Punjab Mental Hospital Lahore 1922-31 - 1922-1931
Year: 1922
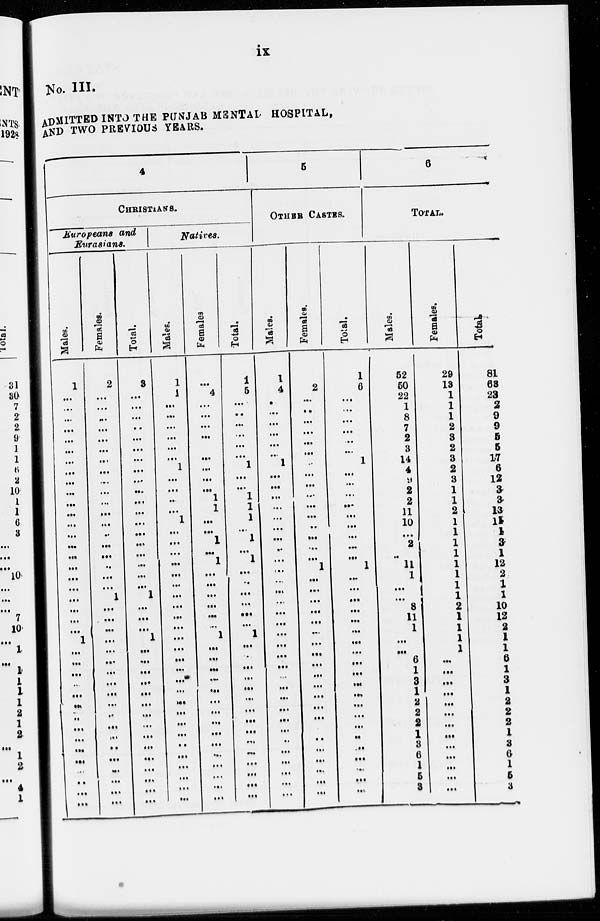
ix
No. III.
ADMITTED INTO THE PUNJAB MENTAL HOSPITAL,
AND TWO PREVIOUS YEARS.
4
CHRISTlANS.
Europeans and
Eurasians.
Males.
1 ...
... ... ...
... ... ... ... ...
...
... ... ... ...
...
...
...
...
...
...
...
...
...
1
...
...
...
...
...
...
...
...
...
...
...
...
...
...
...
Females.
2
...
...
...
...
...
...
...
...
...
...
...
...
...
...
...
...
...
...
...
1
...
...
...
...
...
...
...
...
...
...
...
...
...
...
...
...
...
...
...
Total.
3
...
...
...
...
...
...
...
...
...
...
...
...
...
...
...
...
...
...
...
1
...
...
...
1
...
...
...
...
...
...
...
...
...
...
...
...
...
...
...
Natives.
Males.
1
1
...
...
...
...
...
...
...
...
...
...
...
1
...
...
...
...
...
...
...
...
...
...
...
...
...
...
...
...
...
...
...
...
...
...
...
...
...
...
Females
...
4
...
...
...
...
...
...
...
...
...
1
1
...
...
1
...
1
...
...
...
...
...
...
1
...
...
...
...
...
...
...
...
...
...
...
...
...
...
...
Total.
1
5
...
...
...
...
...
...
1
...
...
1
1
1
...
1
...
1
...
...
...
...
...
...
1
...
...
...
...
...
...
...
...
...
...
...
...
...
...
...
5
OTHER CASTES.
Males.
1
4
...
...
...
...
...
...
1
...
...
...
...
...
...
...
...
...
...
...
...
...
...
...
...
...
...
...
...
...
...
...
...
...
...
...
...
...
...
...
Females.
2
...
...
...
...
...
...
...
...
...
...
...
...
...
...
...
...
1
...
...
...
...
...
...
...
...
...
...
...
...
...
...
...
...
...
...
...
...
...
Total.
1
6
...
...
...
...
...
...
1
...
...
...
...
...
...
...
...
...
1
...
...
...
...
...
...
...
...
...
...
...
...
...
...
...
...
...
...
...
...
...
6
TOTAL.
Males.
52
50
22
1
8
7
2
3
14
4
9
2
2
11
10
...
2
...
11
1
...
...
8
11
1
...
...
6
1
3
1
2
2
2
1
3
6
1
5
3
Females.
29
13
1
1
1
2
3
2
3
2
3
1
1
2
1
1
1
1
1
1
1
1
2
1
1
1
1
...
...
...
...
...
...
...
...
...
...
...
...
...
Total.
81
63
23
2
9
9
5
5
17
6
12
3
3
13
11
1
3
1
12
2
1
1
10
12
2
1
1
6
1
3
1
2
2
2
1
3
6
1
5
3